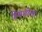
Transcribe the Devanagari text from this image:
हिमशीला